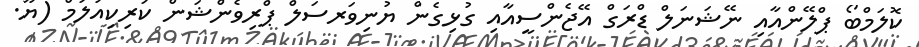
ކޮލަމްބޯ ޕްލޭންއާއި ނޭޝަނަލް ޑްރަގް އޭޖެންސީއާއި ގުޅިގެން ޔުނިވަރސަލް ޕްރިވެންޝަން ކަރިކިއުލަމް (ޔޫ.